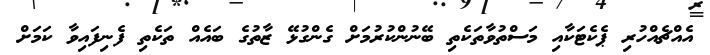
އެއްޗެއްހުރި ޕެކެޓަކާއި މަސްތުވާތަކެތި ބޭނުންކުރުމަށް ގެންގުޅޭ ޒާތުގެ ބައެއް ތަކެތި ފެނިފައިވާ ކަމަށް